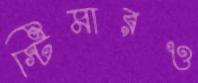
স্টিমারও